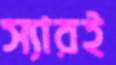
স্যারই